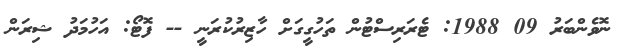
ނޮވެންބަރު 09 1988: ޓެރަރިސްޓުން ތަހުގީގަށް ހާޒިރުކުރަނީ -- ފޮޓޯ: އަހުމަދު ޝިރަން